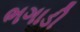
ભગાડી